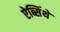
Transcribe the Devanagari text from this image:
ऐब्सिंथे